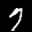
Label: 7